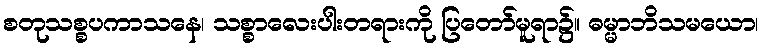
စတုသစ္စပကာသနေ၊ သစ္စာလေးပါးတရားကို ပြတော်မူရာ၌။ ဓမ္မာဘိသမယော၊